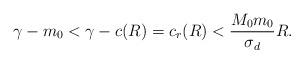
LaTeX: \begin{align*}\gamma-m_{0} < \gamma-c(R)=c_{r}(R)< \frac{M_{0}m_{0}}{\sigma_{d}}R.\end{align*}